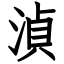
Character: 湞